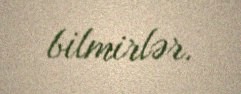
bilmirlər.